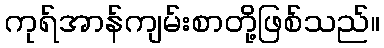
ကုရ်အာန်ကျမ်းစာတို့ဖြစ်သည်။